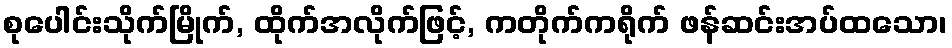
စုပေါင်းသိုက်မြိုက်, ထိုက်အလိုက်ဖြင့်, ကတိုက်ကရိုက် ဖန်ဆင်းအပ်ထသော၊